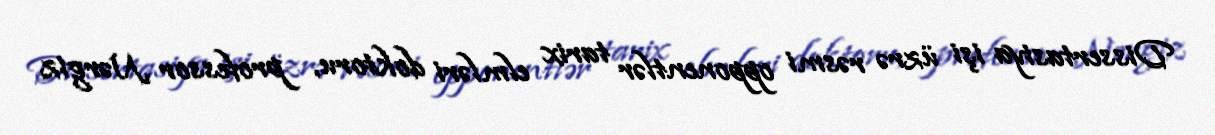
Dissertasiya işi üzrə rəsmi opponentlər tarix elmləri doktoru, professor Nərgiz